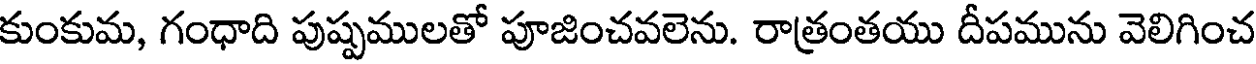
కుంకుమ, గంధాది పుష్పములతో పూజించవలెను. రాత్రంతయు దీపమును వెలిగించ